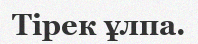
Тірек ұлпа.